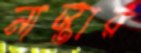
নাস্তার